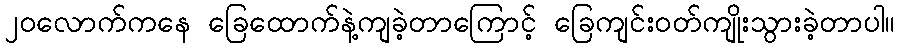
၂၀လောက်ကနေ ခြေထောက်နဲ့ကျခဲ့တာကြောင့် ခြေကျင်းဝတ်ကျိုးသွားခဲ့တာပါ။